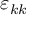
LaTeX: \varepsilon _ { k k }